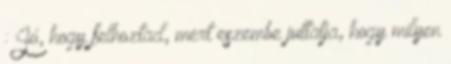
: Jó, hogy felhoztad, mert eszembe juttatja, hogy milyen